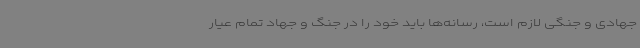
جهادی و جنگی لازم است، رسانه‌ها باید خود را در جنگ و جهاد تمام عیار